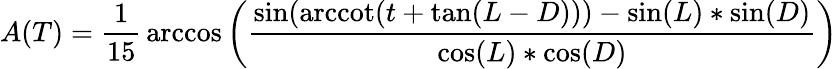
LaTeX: A(T)={\frac{1}{15}}\operatorname{arccos}\left({\frac{\sin(\operatorname{arccot}(t+\tan(L-D)))-\sin(L)*\sin(D)}{\cos(L)*\cos(D)}}\right)